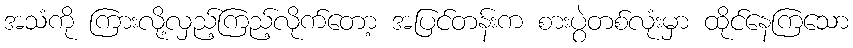
အသံကို ကြားလို့လှည့်ကြည့်လိုက်တော့ အပြင်တန်းက စားပွဲတစ်လုံးမှာ ထိုင်နေကြသော